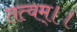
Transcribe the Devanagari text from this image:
तत्वम्।।